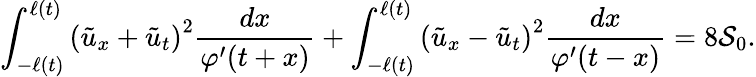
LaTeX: \int_{-\ell\left(t\right)}^{\ell\left(t\right)}\left(\tilde{u}_{x}+\tilde{u}_{t}\right)^{2}\frac{dx}{\varphi^{\prime}(t+x)}+\int_{-\ell\left(t\right)}^{\ell\left(t\right)}\left(\tilde{u}_{x}-\tilde{u}_{t}\right)^{2}\frac{dx}{\varphi^{\prime}(t-x)}=8\mathcal{S}_{0}.